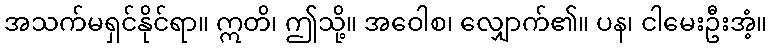
အသက်မရှင်နိုင်ရာ။ ဣတိ၊ ဤသို့။ အဝေါစ၊ လျှောက်၏။ ပန၊ ငါမေးဦးအံ့။